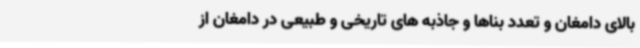
بالای دامغان و تعدد بناها و جاذبه های تاریخی و طبیعی در دامغان از